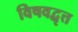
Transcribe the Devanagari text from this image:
विषवद्वृत्त